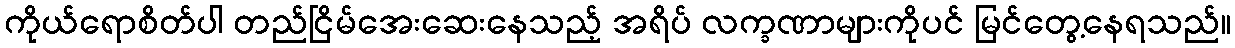
ကိုယ်ရောစိတ်ပါ တည်ငြိမ်အေးဆေးနေသည့် အရိပ် လက္ခဏာများကိုပင် မြင်တွေ့နေရသည်။